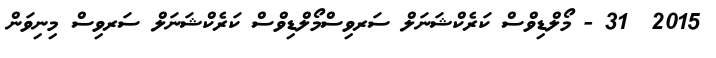
2015  31 - މޯލްޑިވްސް ކަރެކްޝަނަލް ސަރވިސްމޯލްޑިވްސް ކަރެކްޝަނަލް ސަރވިސް މިނިވަން